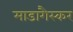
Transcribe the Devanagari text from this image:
माडागैस्कर